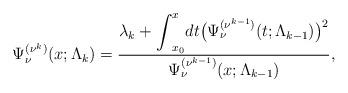
LaTeX: \begin{gather*} \Psi _{\nu }^{( \nu ^{k}) }(x;\Lambda _{k})=\frac{\lambda _{k}+{\displaystyle \int}_{x_{0}}^{x}dt\big( \Psi _{\nu }^{( \nu ^{k-1}) }(t;\Lambda _{k-1})\big) ^{2}}{\Psi _{\nu }^{( \nu ^{k-1}) }(x;\Lambda _{k-1})}, \end{gather*}